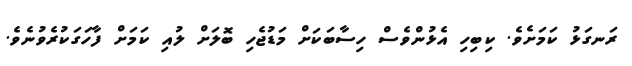
ރަނގަޅު ކަމަށެވެ. ކިބިހި އެޅުންވެސް ހިސާބަކަށް މަޑުޖެހި ބޮލަށް ލުއި ކަމަށް ފާހަގަކުރެވުނެވެ.